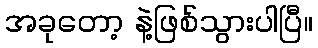
အခုတော့ နဲ့ဖြစ်သွားပါပြီ။